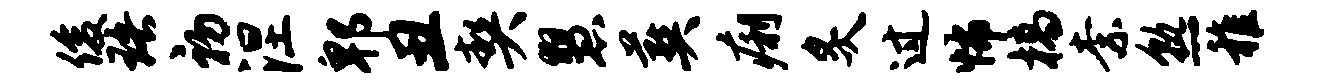
俊珞初涅郫丑契慧葬痢炙过怖槁柰熟稚